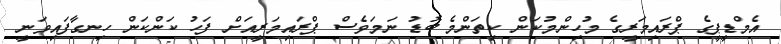
އެމްޑީޕީގެ ޕްރައިމަރީގެ މުހިންމުކަން ކިތަންމެ ބޮޑު ނަމަވެސް ޕްރައިމަރީއަށް ފަހު ކަންކަން ހިނގާފައިވަނީ